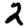
Digit: 2